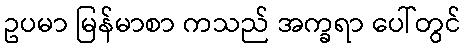
ဥပမာ မြန်မာစာ ကသည် အက္ခရာ ပေါ်တွင်